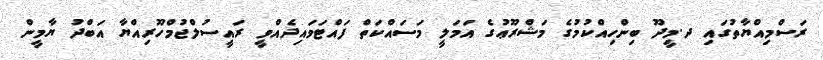
ރަސްމިއްޔާތުގައި ދ.މީދޫ ބިންހިއްކުމުގެ މަޝްރޫޢުގެ އަމަލީ މަސައްކަތް ފައްޓަވައިދެއްވީ ރައީސުލްޖުމްހޫރިއްޔާ އަބްދު ޔާމީން